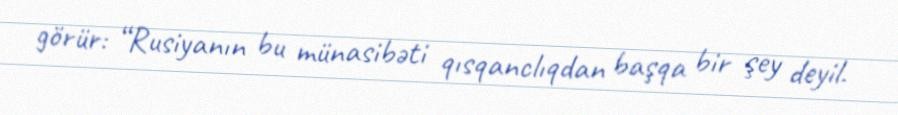
görür: “Rusiyanın bu münasibəti qısqanclıqdan başqa bir şey deyil.